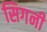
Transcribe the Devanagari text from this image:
सिगनी